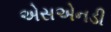
એસએનડી